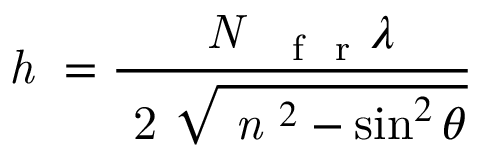
\textit { h } = \frac { \textit { N } _ { \mathrm { ~ \mathrm { ~ f ~ } ~ r ~ } } \lambda } { \mathrm { ~ 2 ~ } \sqrt { \textit { n } ^ { 2 } - \sin ^ { 2 } { \theta } } }